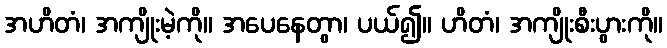
အဟိတံ၊ အကျိုးမဲ့ကို။ အပေနေတွာ၊ ပယ်၍။ ဟိတံ၊ အကျိုးစီးပွားကို။